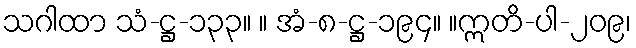
သဂါထာ သံ-ဋ္ဌ-၁၃၃။ ။ အံ-၈-ဋ္ဌ-၁၉၄။ ။ဣတိ-ပါ-၂၀၉၊